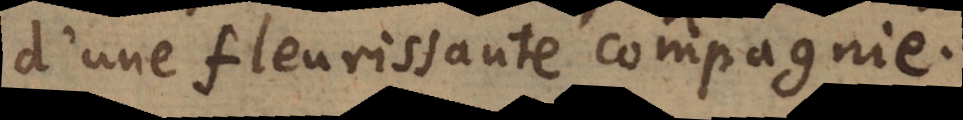
d’une fleurissante compagnie.